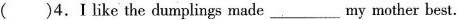
( )4.I like the dumplings made___my mother best.